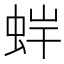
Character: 𧊩